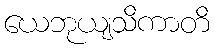
ယေဘုယျသိကာတိ